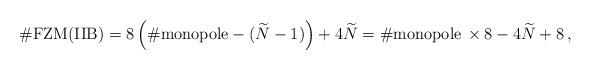
LaTeX: \begin{align*}\# {\rm FZM(IIB)}=8\left(\# {\rm monopole}-(\widetilde{N}-1)\right) +4 \widetilde{N} =\# {\rm monopole}\,\times 8 -4\widetilde{N} +8\,,\end{align*}